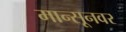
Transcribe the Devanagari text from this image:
मान्सूनवर